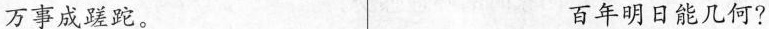
万事成蹉跎。 百年明日能几何?